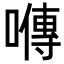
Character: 𡀯